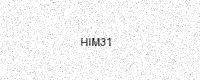
Text: HIM31